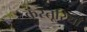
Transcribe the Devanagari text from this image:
कस्तूरियाँ